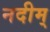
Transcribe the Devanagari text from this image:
नदीम्